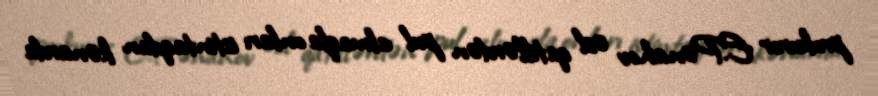
prokuror E.Pənahov əsl qatillərdən pul almaqla onları istintaqdan kənarda